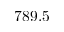
7 8 9 . 5